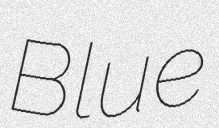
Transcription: Blue